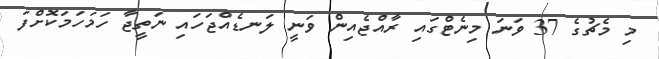
މި މެޗުގެ 37 ވަނަ މިނެޓްގައި ރާއްޖެއިން ވަނީ ލަނޑެއްޖަހައި ނަތީޖާ ހަމަހަމަކޮށްފަ